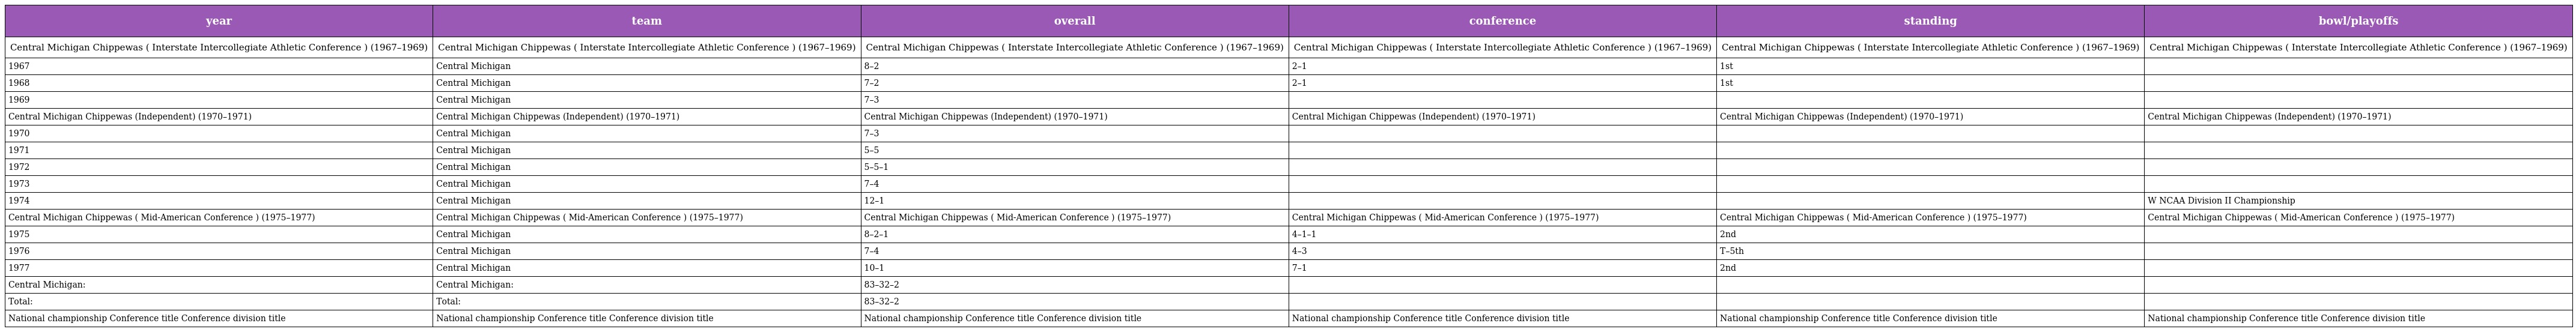
| year | team | overall | conference | standing | bowl/playoffs |
 | --- | --- | --- | --- | --- | --- |
 | Central Michigan Chippewas ( Interstate Intercollegiate Athletic Conference ) (1967–1969) | Central Michigan Chippewas ( Interstate Intercollegiate Athletic Conference ) (1967–1969) | Central Michigan Chippewas ( Interstate Intercollegiate Athletic Conference ) (1967–1969) | Central Michigan Chippewas ( Interstate Intercollegiate Athletic Conference ) (1967–1969) | Central Michigan Chippewas ( Interstate Intercollegiate Athletic Conference ) (1967–1969) | Central Michigan Chippewas ( Interstate Intercollegiate Athletic Conference ) (1967–1969) |
 | 1967 | Central Michigan | 8–2 | 2–1 | 1st |  |
 | 1968 | Central Michigan | 7–2 | 2–1 | 1st |  |
 | 1969 | Central Michigan | 7–3 |  |  |  |
 | Central Michigan Chippewas (Independent) (1970–1971) | Central Michigan Chippewas (Independent) (1970–1971) | Central Michigan Chippewas (Independent) (1970–1971) | Central Michigan Chippewas (Independent) (1970–1971) | Central Michigan Chippewas (Independent) (1970–1971) | Central Michigan Chippewas (Independent) (1970–1971) |
 | 1970 | Central Michigan | 7–3 |  |  |  |
 | 1971 | Central Michigan | 5–5 |  |  |  |
 | 1972 | Central Michigan | 5–5–1 |  |  |  |
 | 1973 | Central Michigan | 7–4 |  |  |  |
 | 1974 | Central Michigan | 12–1 |  |  | W NCAA Division II Championship |
 | Central Michigan Chippewas ( Mid-American Conference ) (1975–1977) | Central Michigan Chippewas ( Mid-American Conference ) (1975–1977) | Central Michigan Chippewas ( Mid-American Conference ) (1975–1977) | Central Michigan Chippewas ( Mid-American Conference ) (1975–1977) | Central Michigan Chippewas ( Mid-American Conference ) (1975–1977) | Central Michigan Chippewas ( Mid-American Conference ) (1975–1977) |
 | 1975 | Central Michigan | 8–2–1 | 4–1–1 | 2nd |  |
 | 1976 | Central Michigan | 7–4 | 4–3 | T–5th |  |
 | 1977 | Central Michigan | 10–1 | 7–1 | 2nd |  |
 | Central Michigan: | Central Michigan: | 83–32–2 |  |  |  |
 | Total: | Total: | 83–32–2 |  |  |  |
 | National championship Conference title Conference division title | National championship Conference title Conference division title | National championship Conference title Conference division title | National championship Conference title Conference division title | National championship Conference title Conference division title | National championship Conference title Conference division title |